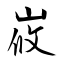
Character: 峳